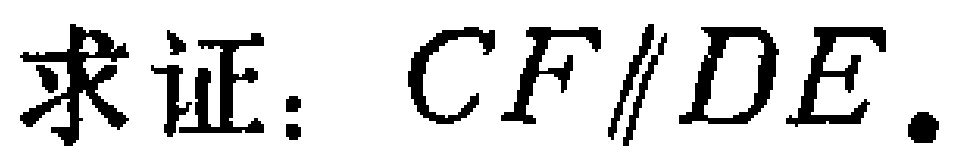
求证：$CF\parallel DE$.